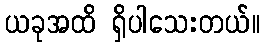
ယခုအထိ ရှိပါသေးတယ်။